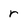
Character: r